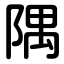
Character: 隅